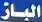
الباز